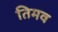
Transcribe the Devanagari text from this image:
तिमव